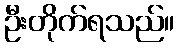
ဦးတိုက်ရသည်။